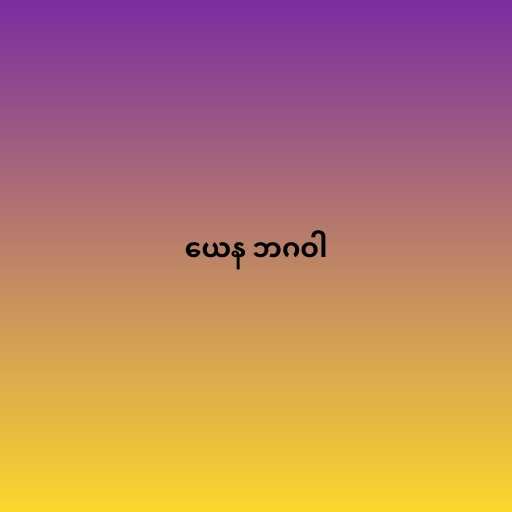
ယေန ဘဂဝါ